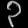
Digit: ၃